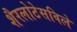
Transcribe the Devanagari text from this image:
शैरलोटेसविले